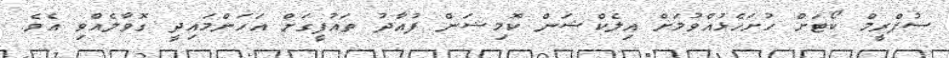
ސުޕްރީމް ކޯޓަށް ހުށަހެޅުއްވުމަށް އިލެކްޝަން ކޮމިޝަން ފުއާދު ތައުފީގަށް އަހަންމައިދީ ގޮވާލެއްވި އެވެ.